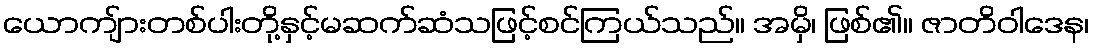
ယောကျ်ားတစ်ပါးတို့နှင့်မဆက်ဆံသဖြင့်စင်ကြယ်သည်။ အမှိ၊ ဖြစ်၏။ ဇာတိဝါဒေန၊